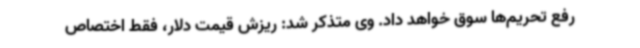
رفع تحریم‌ها سوق خواهد داد. وی متذکر شد: ریزش قیمت دلار، فقط اختصاص